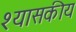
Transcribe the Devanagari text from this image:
श्यासकीय